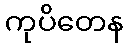
ကုပိတေန